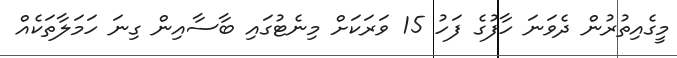
މީގެއިތުރުން ދެވަނަ ހާފުގެ ފަހު 15 ވަރަކަށް މިނެޓުގައި ބާސާއިން ގިނަ ހަމަލާތަކެއް